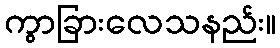
ကွာခြားလေသနည်း။